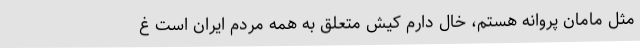
مثل مامان پروانه هستم، خال دارم کیش متعلق به همه مردم ایران است غ